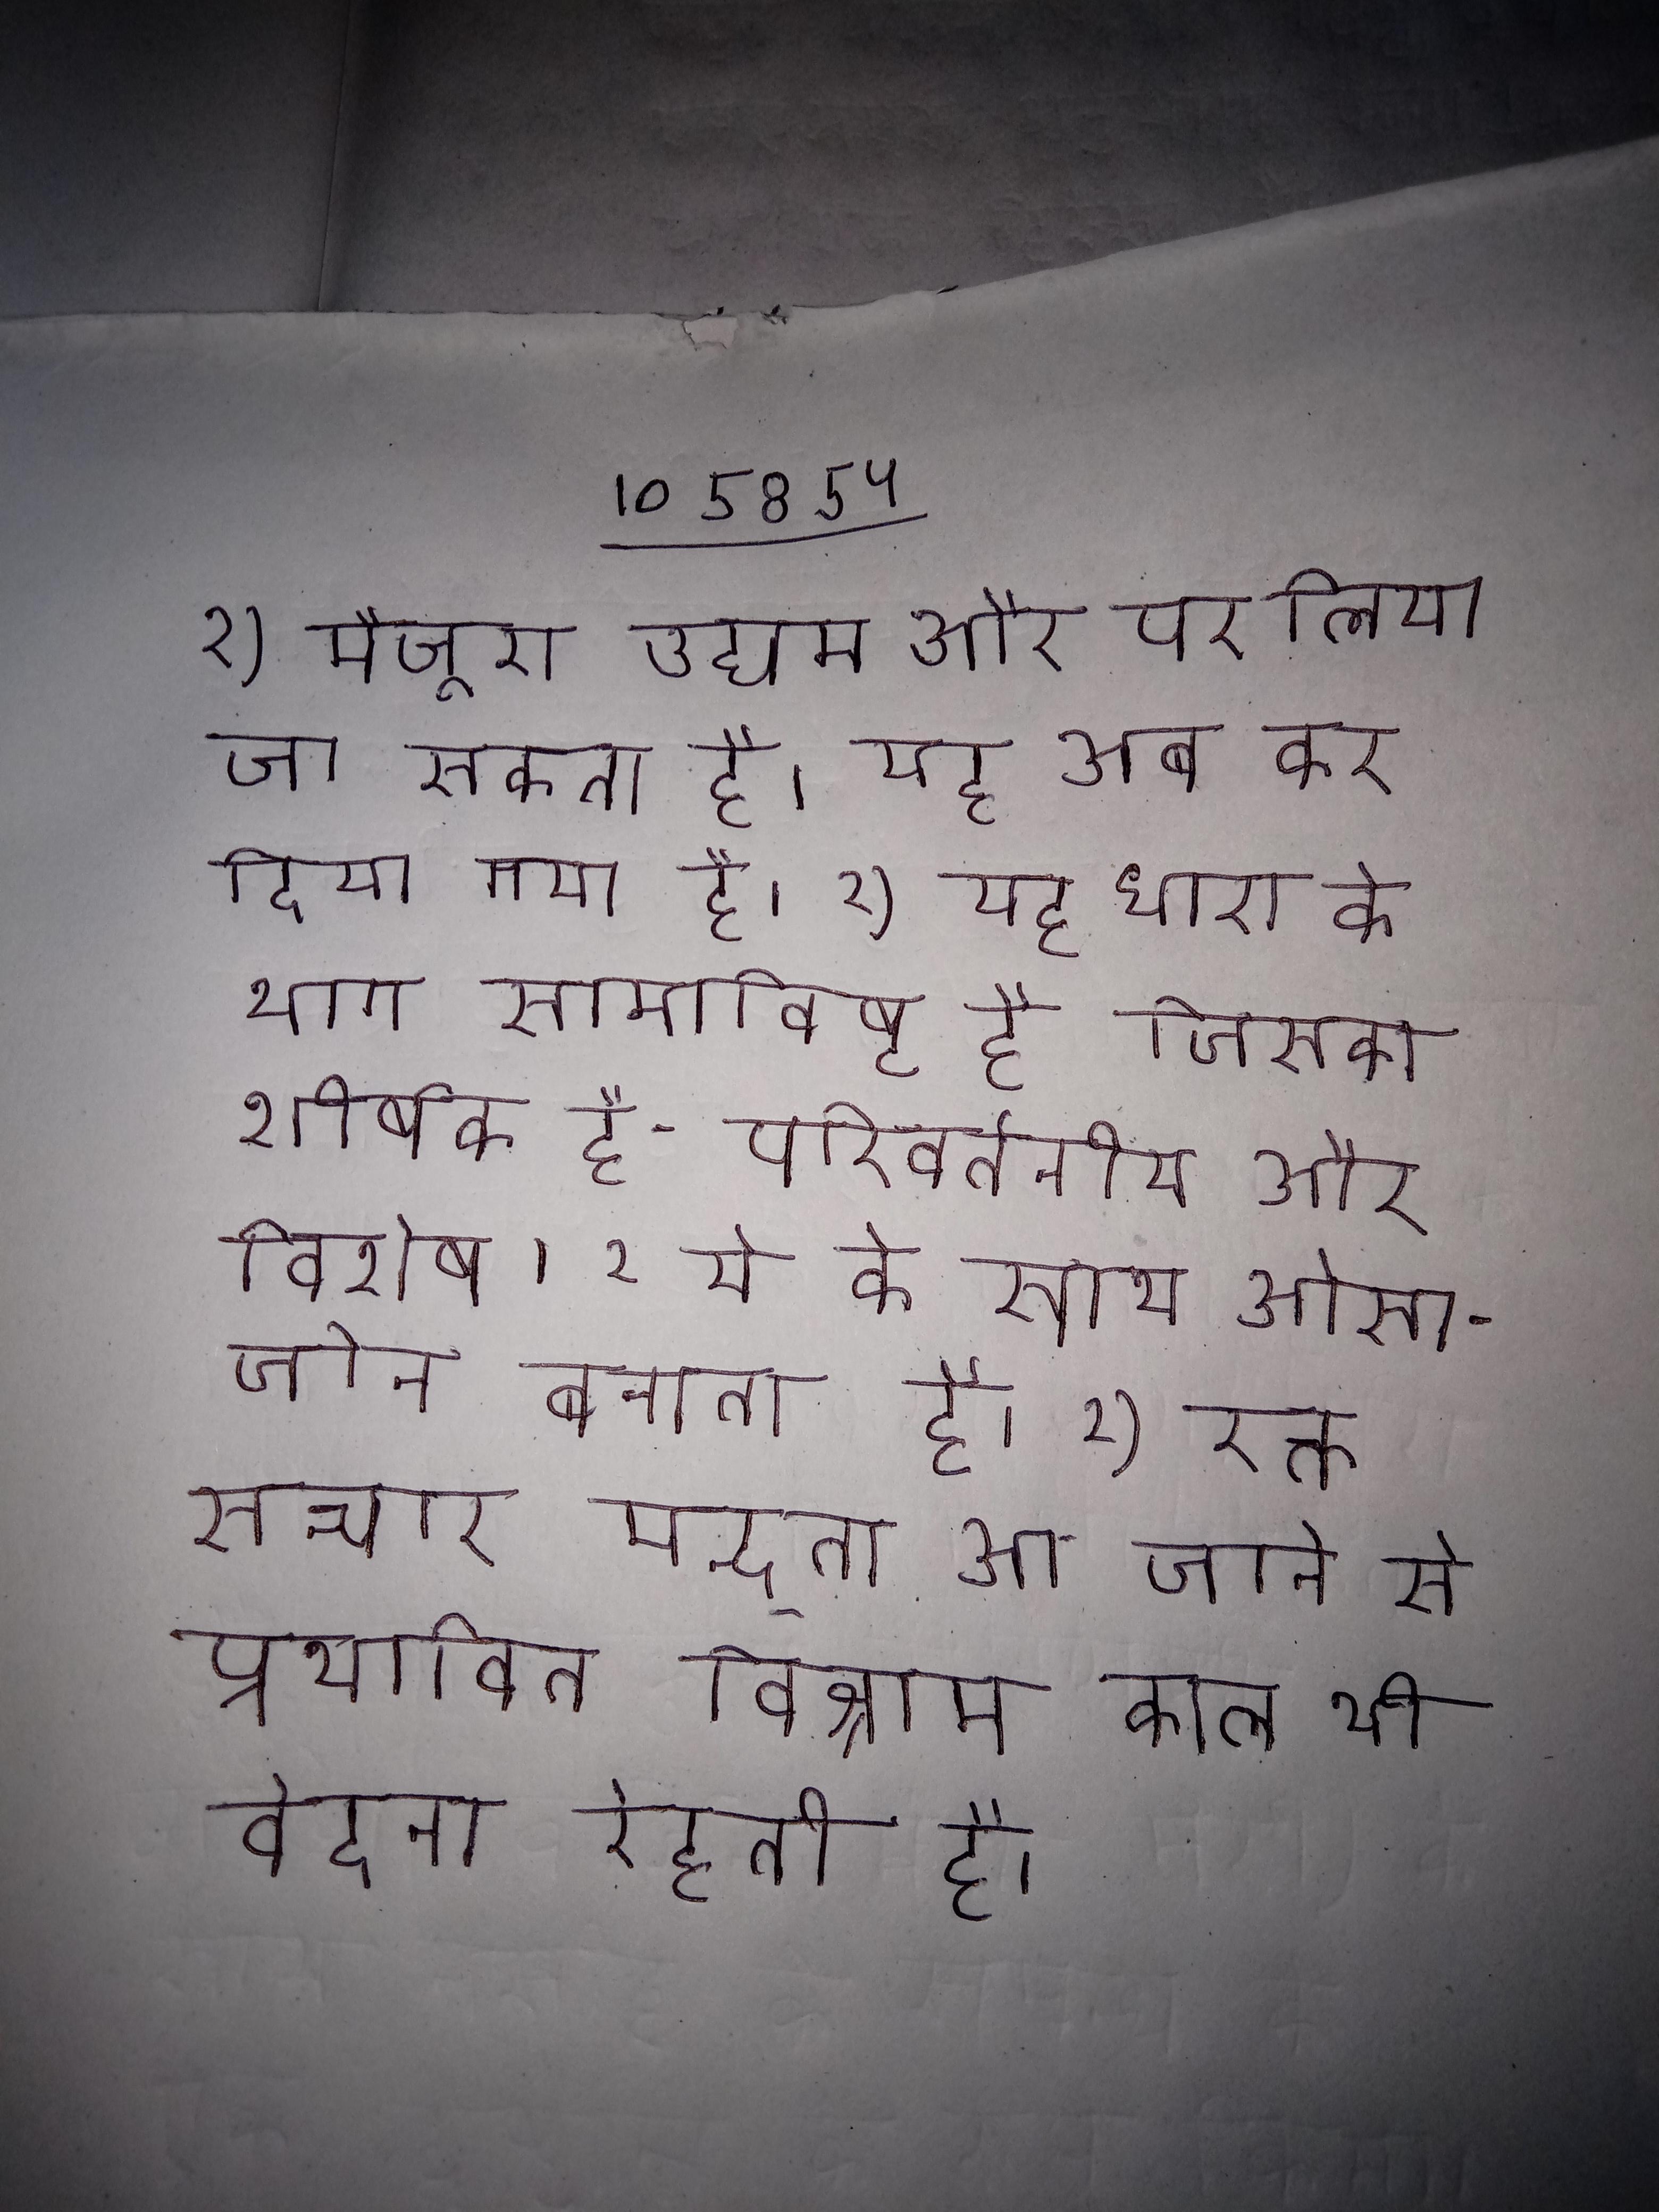
२) मौजूदा उद्यम और पर लिया जा सकता है । यह अब कर दिया गया है । २) यह धारा के भाग समाविष्ट है जिसका शीर्षक है- परिवर्तनीय और विशेष । २ ये के साथ ओसाजोन बनाता है । २) रक्त सन्चार मन्द्ता आ जाने से प्रभावित विश्राम काल भी वेदना रेहती है ।